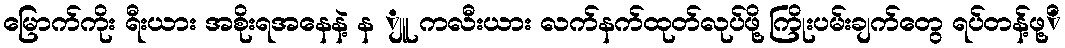
မြောက်ကိုး ရီးယား အစိုးရအနေနဲ့ န ျူ ကလီးယား လက်နက်ထုတ်လုပ်ဖို့ ကြိုးပမ်းချက်တွေ ရပ်တန့်ဖု့ိ